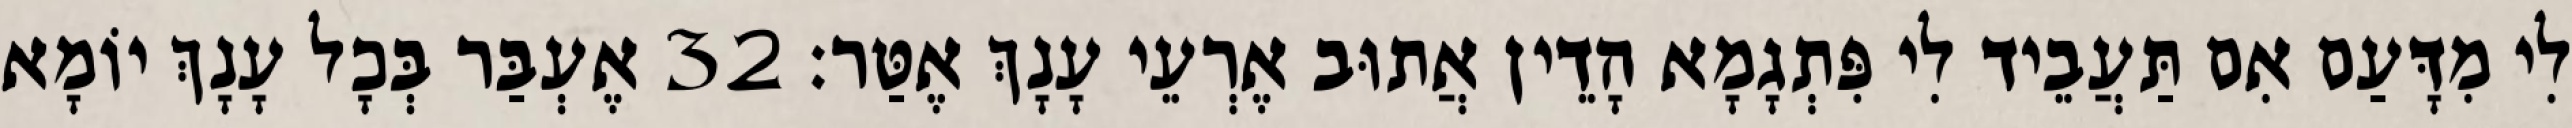
לִי מִדָּעַם אִם תַּעֲבֵיד לִי פִּתְגָמָא הָדֵין אֲתוּב אֶרְעֵי עָנָךְ אֶטַּר׃ 32 אֶעְבַּר בְּכָל עָנָךְ יוֹמָא